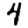
Digit: 4